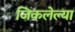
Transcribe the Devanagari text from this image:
जिकलेल्या